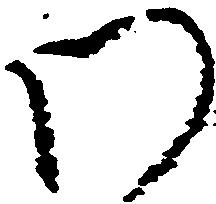
わ